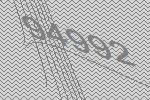
94992